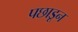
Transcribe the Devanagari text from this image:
पछाडून